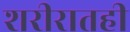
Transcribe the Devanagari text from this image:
शरीरातही